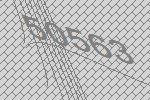
50563